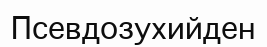
Псевдозухийден